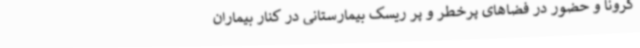
کرونا و حضور در فضاهای پرخطر و پر ریسک بیمارستانی در کنار بیماران